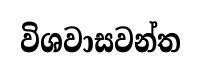
විශවාසවන්ත